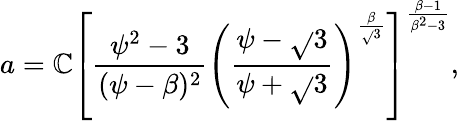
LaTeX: a=\mathbb{C}\left[\frac{{\psi^{2}-3}}{{(\psi-\beta)^{2}}}\left(\frac{{\psi-\sqrt{}{3}}}{{\psi+\sqrt{}{3}}}\right)^{\frac{{\beta}}{{\sqrt{}{3}}}}\right]^{\frac{{\beta-1}}{{\beta^{2}-3}}},